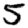
Digit: 5